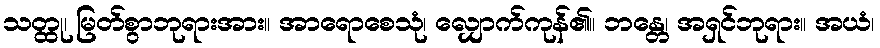
သတ္ထု၊ မြတ်စွာဘုရားအား။ အာရောစေသုံ၊ လျှောက်ကုန်၏။ ဘန္တေ၊ အရှင်ဘုရား။ အယံ၊